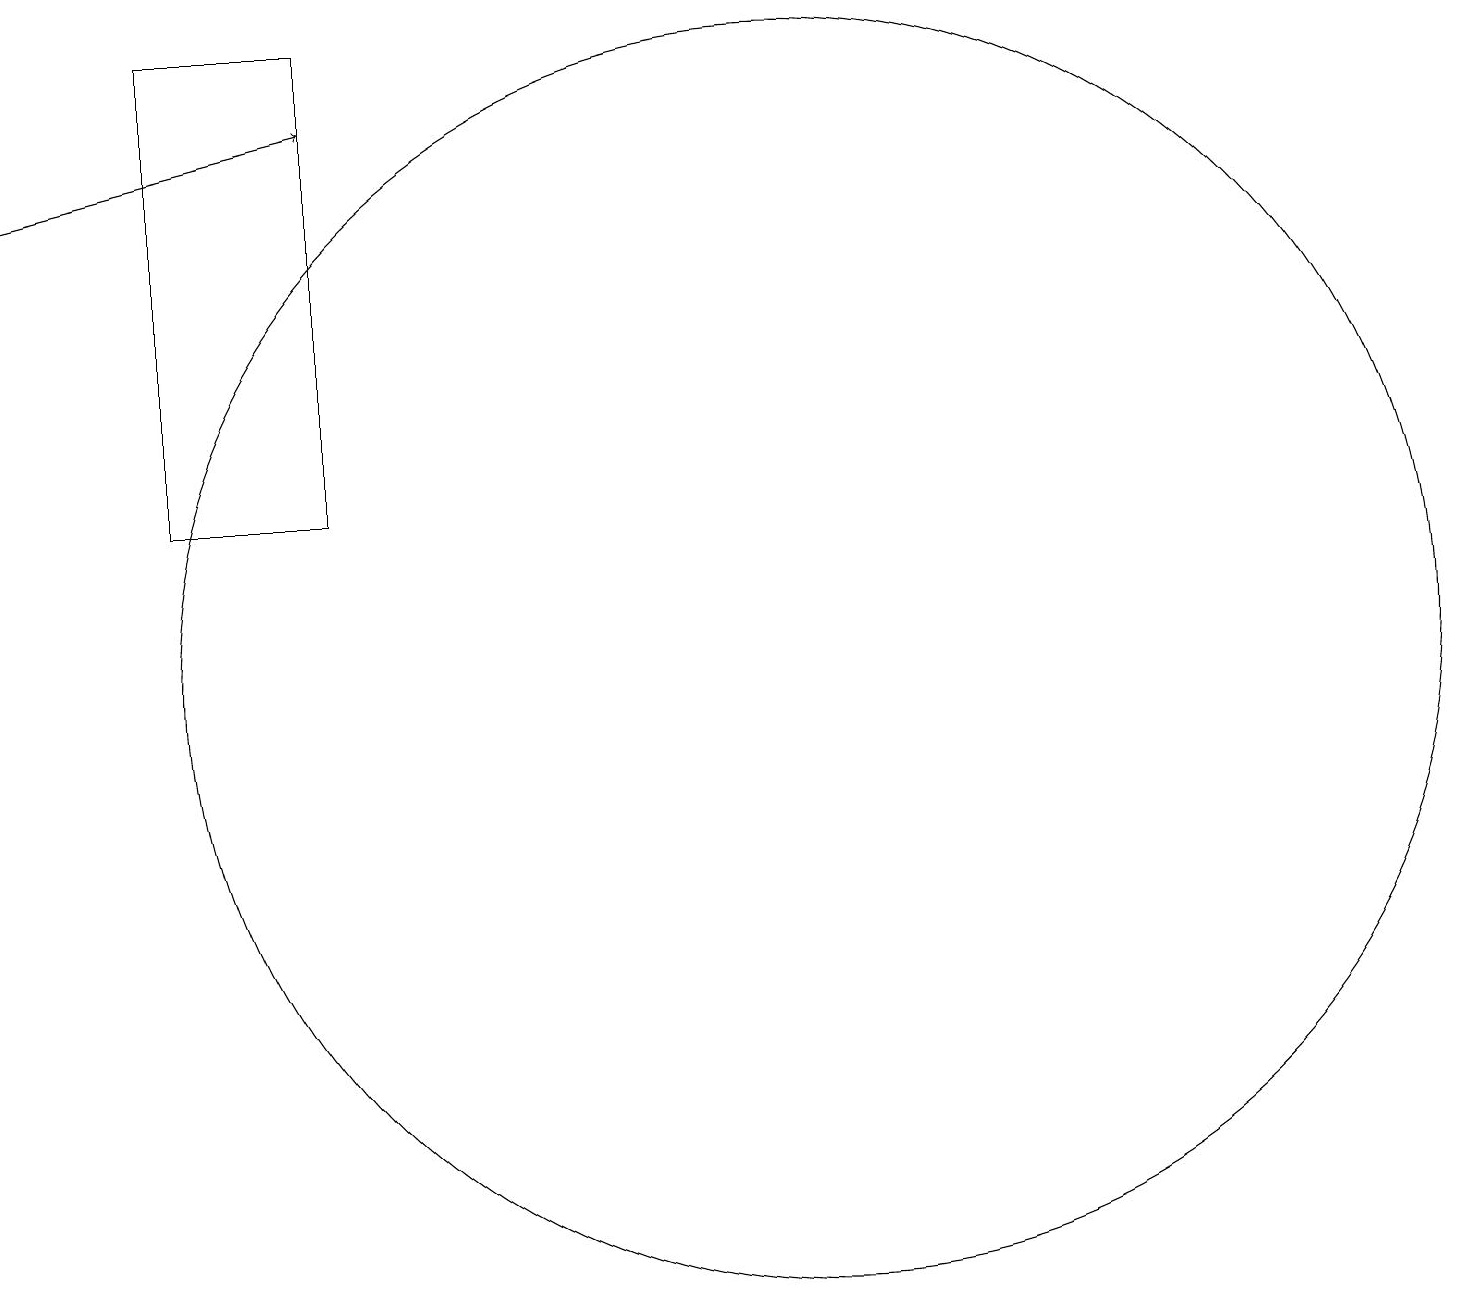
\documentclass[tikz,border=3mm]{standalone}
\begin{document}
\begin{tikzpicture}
\draw[->] (1,17) -- (5,18);
\draw (11,11) circle (8);
\draw (3,19) rectangle (5,13);
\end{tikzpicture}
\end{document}